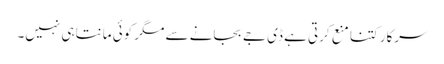
سرکار کتنا منع کرتی ہے ڈی جے بجانے سے مگر کوئی مانتا ہی نہیں۔